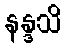
နန္ဒသိ